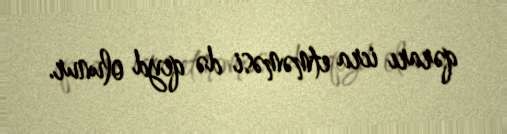
qərarı icra etməməsi də qeyd olunur.